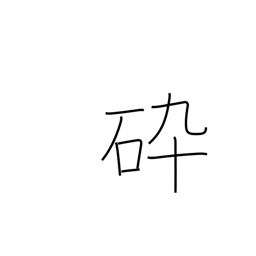
Meaning: familiar